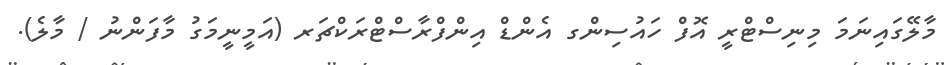
މާލޭގައިނަމަ މިނިސްޓްރީ އޮފް ހައުސިންގ އެންޑް އިންފްރާސްޓްރަކްޗަރ (އަމީނީމަގު މާފަންނު / މާލެ).